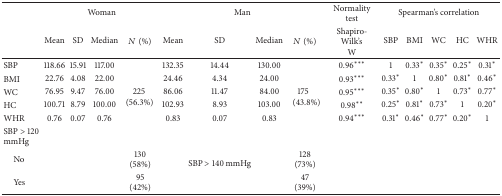
<table><thead><tr><td>[EMPTY_CELL]</td><td colspan="4"><b>Woman</b></td><td colspan="4"><b>Man</b></td><td><b>Normality test</b></td><td>[EMPTY_CELL]</td><td colspan="4"><b>Spearman's correlation</b></td></tr><tr><td>[EMPTY_CELL]</td><td><b>Mean</b></td><td><b>SD</b></td><td><b>Median</b></td><td><b><i>N</i> (%)</b></td><td><b>Mean</b></td><td><b>SD</b></td><td><b>Median</b></td><td><b><i>N</i> (%)</b></td><td><b>Shapiro-Wilk's W</b></td><td><b>SBP</b></td><td><b>BMI</b></td><td><b>WC</b></td><td><b>HC</b></td><td><b>WHR</b></td></tr></thead><tbody><tr><td>SBP</td><td>118.66</td><td>15.91</td><td>117.00</td><td>[EMPTY_CELL]</td><td>132.35</td><td>14.44</td><td>130.00</td><td>[EMPTY_CELL]</td><td>0.96***</td><td>1</td><td>0.33*</td><td>0.35*</td><td>0.25*</td><td>0.31*</td></tr><tr><td>BMI</td><td>22.76</td><td>4.08</td><td>22.00</td><td rowspan="4">225 (56.3%)</td><td>24.46</td><td>4.34</td><td>24.00</td><td rowspan="4">175(43.8%)</td><td>0.93***</td><td>0.33*</td><td>1</td><td>0.80*</td><td>0.81*</td><td>0.46*</td></tr><tr><td>WC</td><td>76.95</td><td>9.47</td><td>76.00</td><td>86.06</td><td>11.47</td><td>84.00</td><td>0.95***</td><td>0.35*</td><td>0.80*</td><td>1</td><td>0.73*</td><td>0.77*</td></tr><tr><td>HC</td><td>100.71</td><td>8.79</td><td>100.00</td><td>102.93</td><td>8.93</td><td>103.00</td><td>0.98**</td><td>0.25*</td><td>0.81*</td><td>0.73*</td><td>1</td><td>0.20*</td></tr><tr><td>WHR</td><td>0.76</td><td>0.07</td><td>0.76</td><td>0.83</td><td>0.07</td><td>0.83</td><td>0.94***</td><td>0.31*</td><td>0.46*</td><td>0.77*</td><td>0.20*</td><td>1</td></tr><tr><td>SBP &gt; 120 mmHg</td><td>[EMPTY_CELL]</td><td>[EMPTY_CELL]</td><td>[EMPTY_CELL]</td><td>[EMPTY_CELL]</td><td>[EMPTY_CELL]</td><td>[EMPTY_CELL]</td><td>[EMPTY_CELL]</td><td>[EMPTY_CELL]</td><td>[EMPTY_CELL]</td><td>[EMPTY_CELL]</td><td>[EMPTY_CELL]</td><td>[EMPTY_CELL]</td><td>[EMPTY_CELL]</td><td>[EMPTY_CELL]</td></tr><tr><td> No</td><td>[EMPTY_CELL]</td><td>[EMPTY_CELL]</td><td>[EMPTY_CELL]</td><td>130 (58%)</td><td>[EMPTY_CELL]</td><td rowspan="2">SBP &gt; 140 mmHg</td><td>[EMPTY_CELL]</td><td>128 (73%)</td><td>[EMPTY_CELL]</td><td>[EMPTY_CELL]</td><td>[EMPTY_CELL]</td><td>[EMPTY_CELL]</td><td>[EMPTY_CELL]</td><td>[EMPTY_CELL]</td></tr><tr><td> Yes</td><td>[EMPTY_CELL]</td><td>[EMPTY_CELL]</td><td>[EMPTY_CELL]</td><td>95 (42%)</td><td>[EMPTY_CELL]</td><td>[EMPTY_CELL]</td><td>47 (39%)</td><td>[EMPTY_CELL]</td><td>[EMPTY_CELL]</td><td>[EMPTY_CELL]</td><td>[EMPTY_CELL]</td><td>[EMPTY_CELL]</td><td>[EMPTY_CELL]</td></tr></tbody></table>